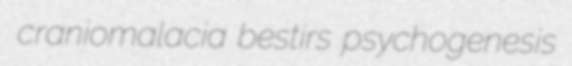
craniomalacia bestirs psychogenesis